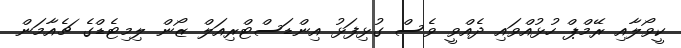
ކީވޯލާއި ރޭމްޕް ހުޅުއްވައި ދެއްވީ ވެސް ގުޅިފަޅު އިންޑަސްޓްރިއަލް ޒޯން ލިމިޓެޑްގެ ޗެއާމަން